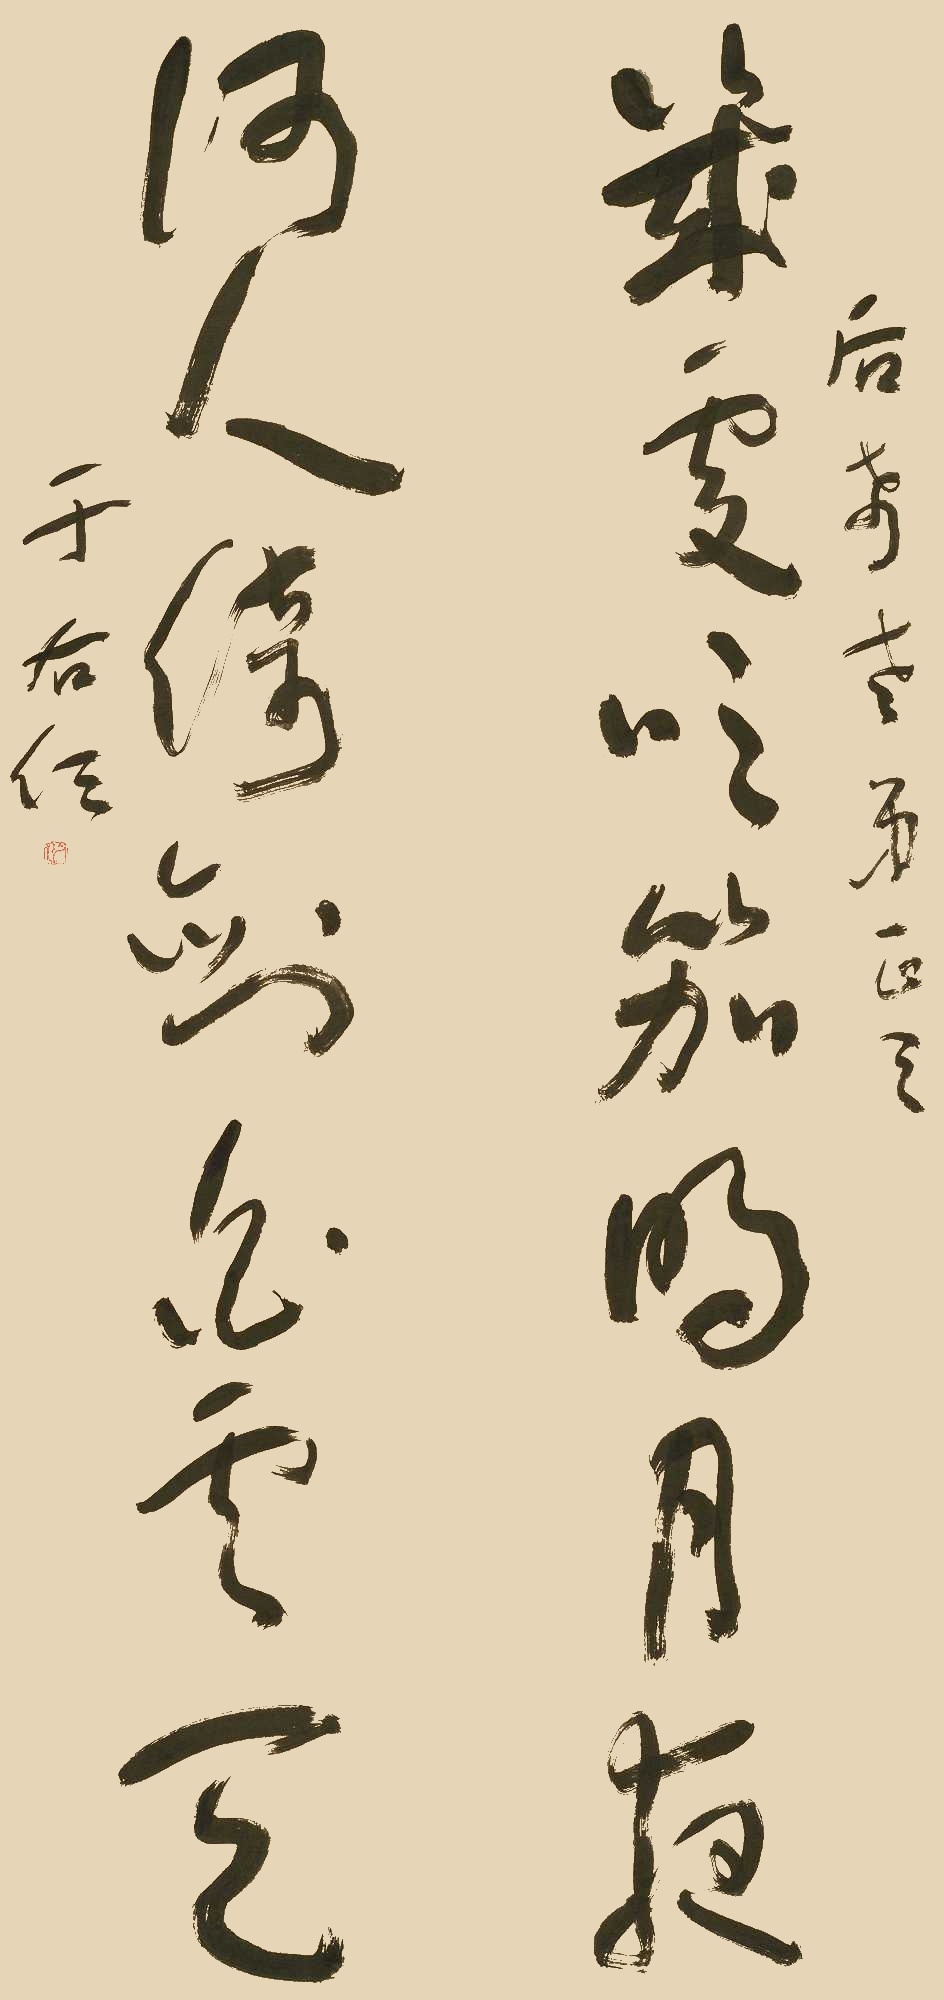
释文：几处吹笳明月夜，何人倚剑白云天。后希老弟正之，于右任。